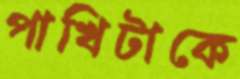
পাখিটাকে